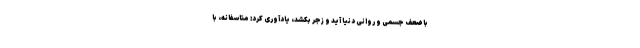
با ضعف جسمی و روانی دنیا آید و زجر بکشد، یادآوری کرد: متاسفانه، با